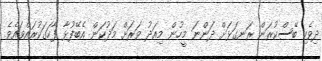
ދިވެހި ބޭސްކުރަން ރަނގަޅަށް ދަންނަ މީހުން މިއަދު ވަރަށް މަދުކަން އެބޭފުޅާ ފާހަގަކުރައްވައެވެ.